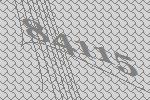
84115